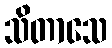
သိတာသေ